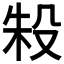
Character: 𬆤